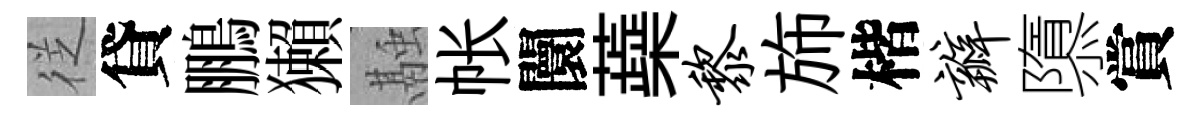
徔貸鵬獺融帐闤蘃黎斾楷瓣隳賞